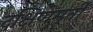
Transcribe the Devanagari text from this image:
दक्षिणमूर्ती